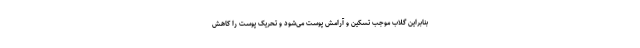
بنابراین گلاب موجب تسکین و آرامش پوست می‌شود و تحریک پوست را کاهش